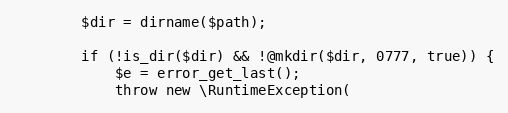
Language: PHP
        $dir = dirname($path);

        if (!is_dir($dir) && !@mkdir($dir, 0777, true)) {
            $e = error_get_last();
            throw new \RuntimeException(